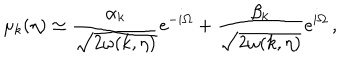
\mu _ { k } ( \eta ) \simeq \frac { \alpha _ { k } } { \sqrt { 2 \omega ( k , \eta ) } } \mathrm { e } ^ { - i \Omega } + \frac { \beta _ { k } } { \sqrt { 2 \omega ( k , \eta ) } } \mathrm { e } ^ { i \Omega } \, ,